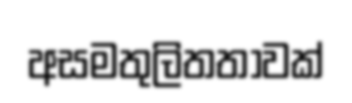
අසමතුලිතතාවක්